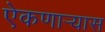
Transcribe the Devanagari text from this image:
ऐकणार्‍यास